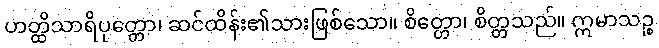
ဟတ္ထိသာရိပုတ္တော၊ ဆင်ထိန်း၏သားဖြစ်သော။ စိတ္တော၊ စိတ္တသည်။ ဣမာသဉ္စ